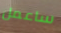
ساعمل